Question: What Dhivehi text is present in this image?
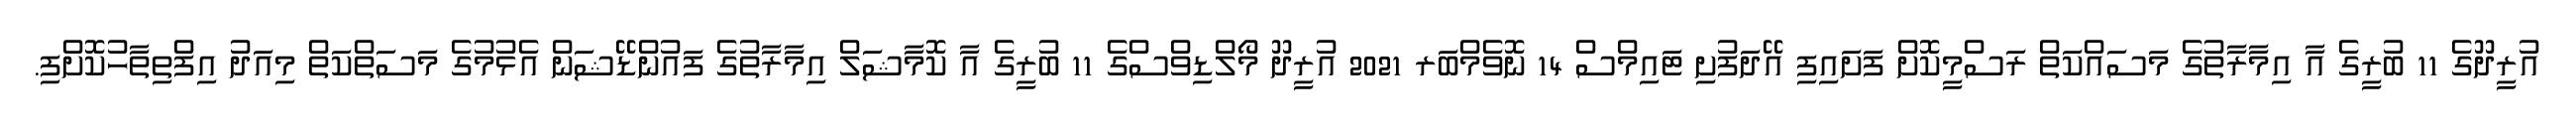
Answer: އުރީދޫގެ 11 ބުރީގެ އާ އިމާރާތުގެ މަސައްކަތް ރަސްމީކޮށް ފަށައިފި އޭދަފުށި ޓައިމްސް 14 ނޮވެމްބަރ 2021 އުރީދޫ މޯލްޑިވްސްގެ 11 ބުރީގެ އާ ކޮމާޝަލް އިމާރާތުގެ ފައުންޑޭޝަން އެޅުމުގެ މަސަތްކަތް މިއަދު އިފްތިތާހުކޮށްފި.